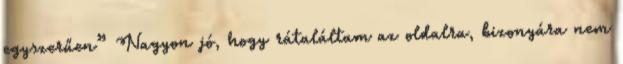
egyszerűen” Nagyon jó, hogy rátaláltam az oldalra, bizonyára nem